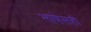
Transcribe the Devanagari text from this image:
भाषेसही